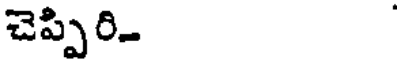
చెప్పిరి.